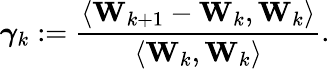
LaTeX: \boldsymbol{\gamma}_{k}:=\frac{\left\langle\mathbf{W}_{k+1}-\mathbf{W}_{k},\mathbf{W}_{k}\right\rangle}{\left\langle\mathbf{W}_{k},\mathbf{W}_{k}\right\rangle}.